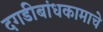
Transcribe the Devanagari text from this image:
दगडीबांधकामाचे